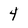
Character: 4